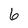
Character: 6